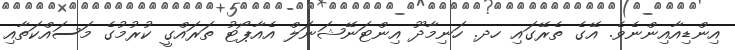
އިންޑިއާއިންނެވެ. އޭގެ ތެރޭގައި ހދ. ހަނިމާދޫ އިންޓަނޭޝަނަލް އެއާޕޯޓު ތަރައްގީ ކުރުމުގެ މަސައްކަތާއި